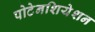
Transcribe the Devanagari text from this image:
पोटेनशियेशन